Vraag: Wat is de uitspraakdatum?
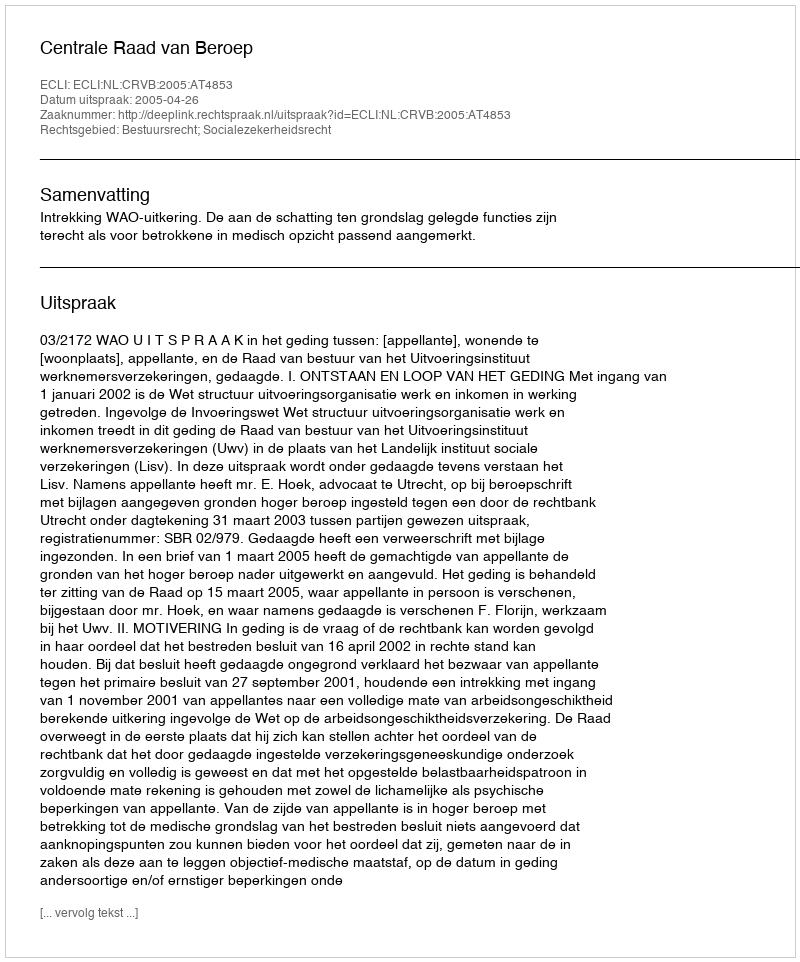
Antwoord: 2005-04-26